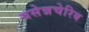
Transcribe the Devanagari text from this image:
यसेन्नचेरिब